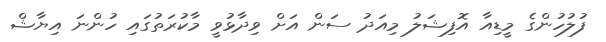
ފުލުހުންގެ މީޑިއާ އޮފިޝަލު މިއަދު ސަން އަށް ވިދާޅުވީ މާކުރަތުގައި ހުންނަ އިޔާޝް